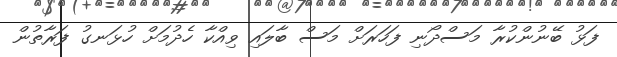
ފަޅު ބޭނުންކުރާ މަސްދޯނި ފަހަރަށް މަސް ބާލައި ވިއްކާ ހެދުމަށް ހުޅަނގު ފަރާތުން